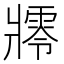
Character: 𤖜